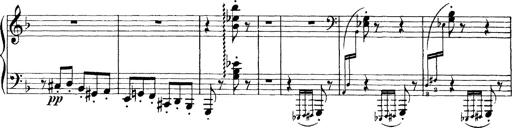
Title: Scherzo und Marsch
Composer: Franz Liszt